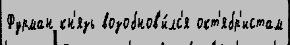
Фурман кн'язь возобнов'и́лс'я окт'ябр'истам